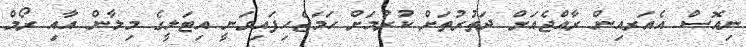
ނިއޮސް އެއަރއިން ރާއްޖެއަށް ދަތުރުތަށް ކުރުމަށް ހަމަޖެހިފައިވަނީ އިޓަލީގެ މިލާން އާއި ރޯމް